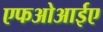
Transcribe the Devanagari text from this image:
एफओआईए